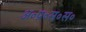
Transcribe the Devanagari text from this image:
अ॰प्र॰स॰स॰